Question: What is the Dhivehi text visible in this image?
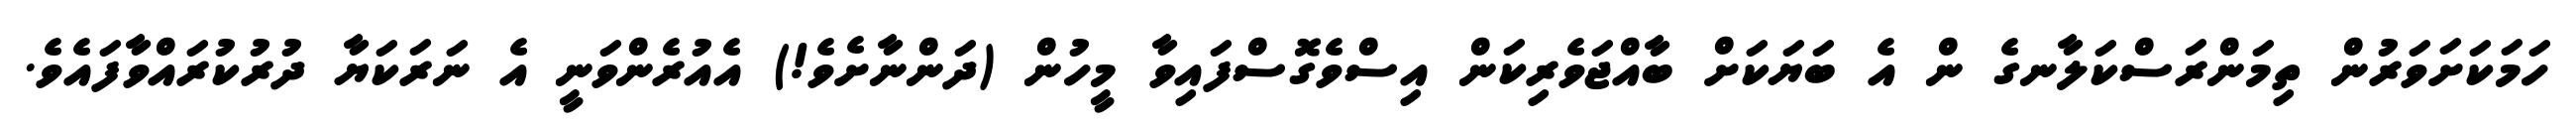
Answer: ހަމަކަށަވަރުން ތިމަންރަސްކަލާނގެ ން އެ ބަޔަކަށް ބާއްޖަވެރިކަން އިސްވެގޮސްފައިވާ މީހުން (ދަންނާށެވެ!) އެއުރެންވަނީ އެ ނަރަކަޔާ ދުރުކުރައްވާފައެވެ.